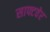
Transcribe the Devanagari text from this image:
साफ्टवेर